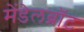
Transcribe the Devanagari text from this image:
मेंडेलब्रॉट